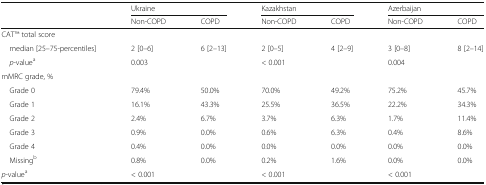
|  | <COLSPAN=2> Ukraine | <COLSPAN=2> Kazakhstan | <COLSPAN=2> Azerbaijan |
 |  | Non-COPD | COPD | Non-COPD | COPD | Non-COPD | COPD |
 | --- | --- | --- | --- | --- | --- | --- |
 | <COLSPAN=7> CATTM total score |
 | median [25–75-percentiles] | 2 [0–6] | 6 [2–13] | 2 [0–5] | 4 [2–9] | 3 [0–8] | 8 [2–14] |
 | p-valuea | <COLSPAN=2> 0.003 | <COLSPAN=2> < 0.001 | <COLSPAN=2> 0.004 |
 | <COLSPAN=7> mMRC grade, % |
 | Grade 0 | 79.4% | 50.0% | 70.0% | 49.2% | 75.2% | 45.7% |
 | Grade 1 | 16.1% | 43.3% | 25.5% | 36.5% | 22.2% | 34.3% |
 | Grade 2 | 2.4% | 6.7% | 3.7% | 6.3% | 1.7% | 11.4% |
 | Grade 3 | 0.9% | 0.0% | 0.6% | 6.3% | 0.4% | 8.6% |
 | Grade 4 | 0.4% | 0.0% | 0.0% | 0.0% | 0.0% | 0.0% |
 | Missingb | 0.8% | 0.0% | 0.2% | 1.6% | 0.0% | 0.0% |
 | p-valuea | <COLSPAN=2> < 0.001 | <COLSPAN=2> < 0.001 | <COLSPAN=2> < 0.001 |